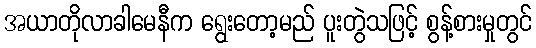
အယာတိုလာခါမေနီက ရွေးတော့မည် ပူးတွဲသဖြင့် စွန့်စားမှုတွင်